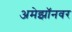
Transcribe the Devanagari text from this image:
अमेझॉनवर